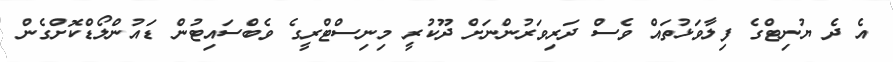
އެ ދެ ޔުނިޓްގެ ފިލާވަޅުތައް ވެސް ދަރިވަރުންނަށް ދޫކުރީ މިނިސްޓްރީގެ ވެބްސައިޓުން ޑައުންލޯޑްކޮށްގެން